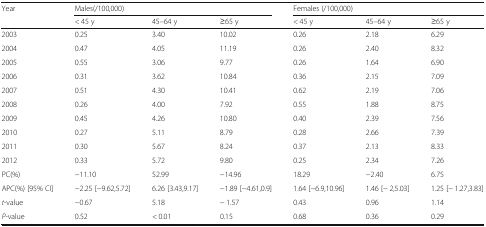
<table><thead><tr><td rowspan="2"><b>Year</b></td><td colspan="3"><b>Males(/100,000)</b></td><td colspan="3"><b>Females (/100,000)</b></td></tr><tr><td><b>&lt; 45 y</b></td><td><b>45–64 y</b></td><td><b>≥65 y</b></td><td><b>&lt; 45 y</b></td><td><b>45–64 y</b></td><td><b>≥65 y</b></td></tr></thead><tbody><tr><td>2003</td><td>0.25</td><td>3.40</td><td>10.02</td><td>0.26</td><td>2.18</td><td>6.29</td></tr><tr><td>2004</td><td>0.47</td><td>4.05</td><td>11.19</td><td>0.26</td><td>2.40</td><td>8.32</td></tr><tr><td>2005</td><td>0.55</td><td>3.06</td><td>9.77</td><td>0.26</td><td>1.64</td><td>6.90</td></tr><tr><td>2006</td><td>0.31</td><td>3.62</td><td>10.84</td><td>0.36</td><td>2.15</td><td>7.09</td></tr><tr><td>2007</td><td>0.51</td><td>4.30</td><td>10.41</td><td>0.62</td><td>2.19</td><td>7.06</td></tr><tr><td>2008</td><td>0.26</td><td>4.00</td><td>7.92</td><td>0.55</td><td>1.88</td><td>8.75</td></tr><tr><td>2009</td><td>0.45</td><td>4.26</td><td>10.80</td><td>0.40</td><td>2.39</td><td>7.56</td></tr><tr><td>2010</td><td>0.27</td><td>5.11</td><td>8.79</td><td>0.28</td><td>2.66</td><td>7.39</td></tr><tr><td>2011</td><td>0.30</td><td>5.67</td><td>8.24</td><td>0.37</td><td>2.13</td><td>8.33</td></tr><tr><td>2012</td><td>0.33</td><td>5.72</td><td>9.80</td><td>0.25</td><td>2.34</td><td>7.26</td></tr><tr><td>PC(%)</td><td>−11.10</td><td>52.99</td><td>−14.96</td><td>18.29</td><td>−2.40</td><td>6.75</td></tr><tr><td>APC(%) [95% CI]</td><td>−2.25 [−9.62,5.72]</td><td>6.26 [3.43,9.17]</td><td>−1.89 [−4.61,0.9]</td><td>1.64 [−6.9,10.96]</td><td>1.46 [− 2,5.03]</td><td>1.25 [− 1.27,3.83]</td></tr><tr><td><i>t</i>-value</td><td>−0.67</td><td>5.18</td><td>− 1.57</td><td>0.43</td><td>0.96</td><td>1.14</td></tr><tr><td><i>P</i>-value</td><td>0.52</td><td>&lt; 0.01</td><td>0.15</td><td>0.68</td><td>0.36</td><td>0.29</td></tr></tbody></table>